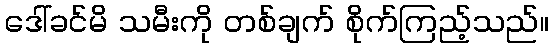
ဒေါ်ခင်မိ သမီးကို တစ်ချက် စိုက်ကြည့်သည်။